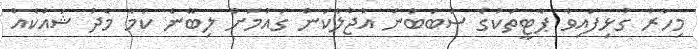
މިހާރު ގުޅިފައިވާ ޕާޓީތަކުގެ ސަބަބުން އުޖާލާކަން ގައުމަށް ލިބޭނެ ކަމާ މެދު ޝައްކެއް